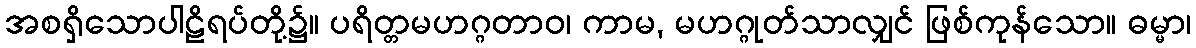
အစရှိသောပါဠိရပ်တို့၌။ ပရိတ္တမဟဂ္ဂတာဝ၊ ကာမ, မဟဂ္ဂုတ်သာလျှင် ဖြစ်ကုန်သော။ ဓမ္မာ၊